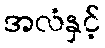
အလံနှင့်